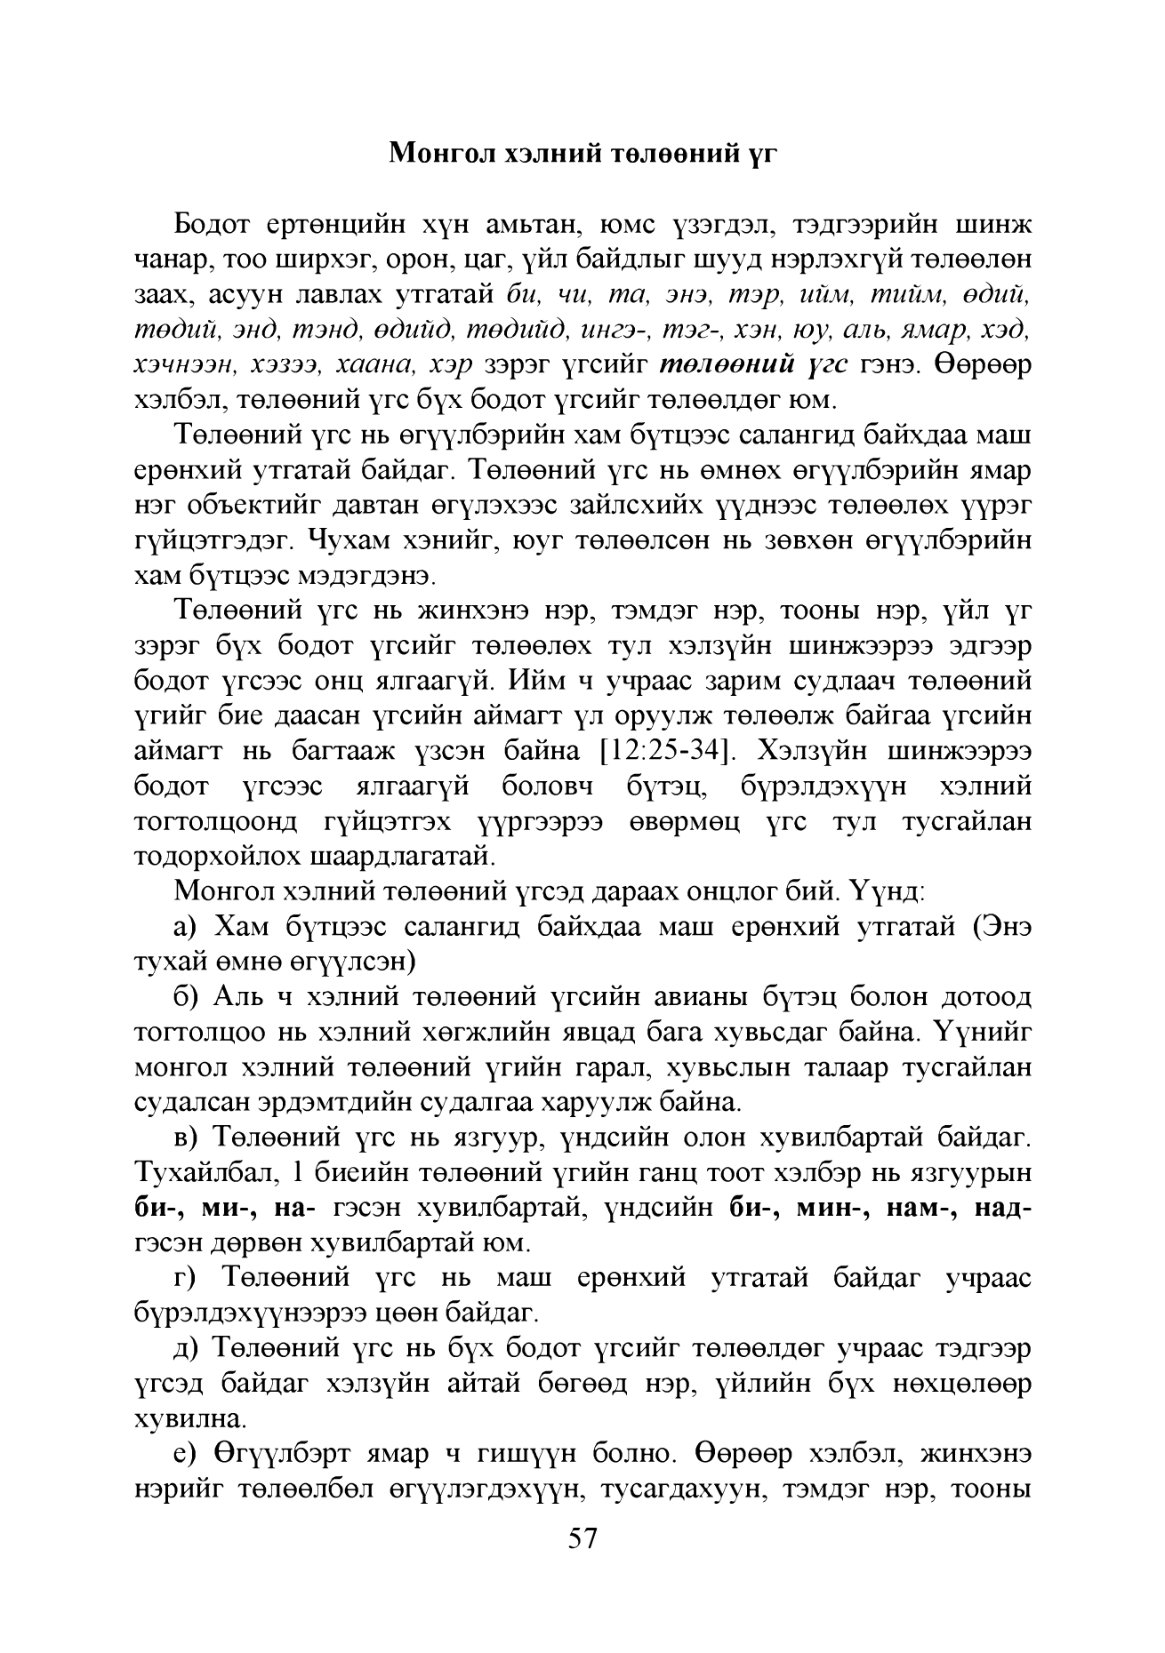
Language: mn